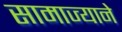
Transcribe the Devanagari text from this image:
सामाज्याने